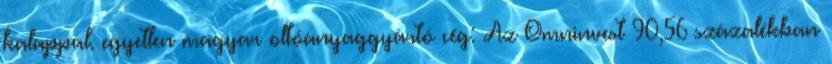
kalappal. egyetlen magyar oltóanyaggyártó cég: Az Omninvest 90,56 százalékban